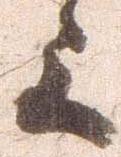
上